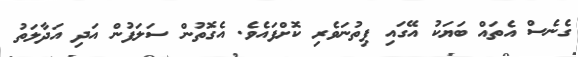
ގެނެސް އެތައް ބަޔަކު އޭގައި ފިތުނަވެރި ކޮށްފައެވެ. އެގޮތުން ސަލަފުން އަދި އަދާލަތު